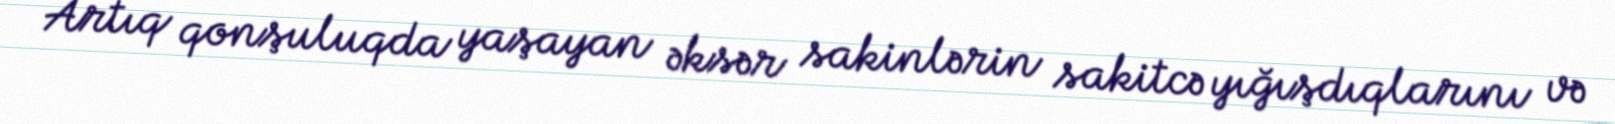
Artıq qonşuluqda yaşayan əksər sakinlərin sakitcə yığışdıqlarını və